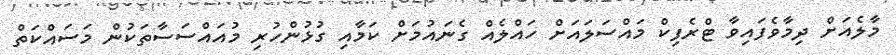
މާލެއަށް ދިމާވެފައިވާ ޓްރެފިކް މައްސަލައަށް ހައްލެއް ގެނައުމަށް ކަމާއި ގުޅުންހުރި މުއައްސަސާތަކުން މަސައްކަތް